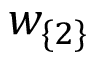
w _ { \{ 2 \} }